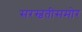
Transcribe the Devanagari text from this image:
सरस्वतीसमोर